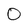
Character: O